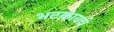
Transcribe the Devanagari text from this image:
भटकायचे